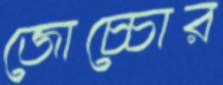
জোচ্চোর